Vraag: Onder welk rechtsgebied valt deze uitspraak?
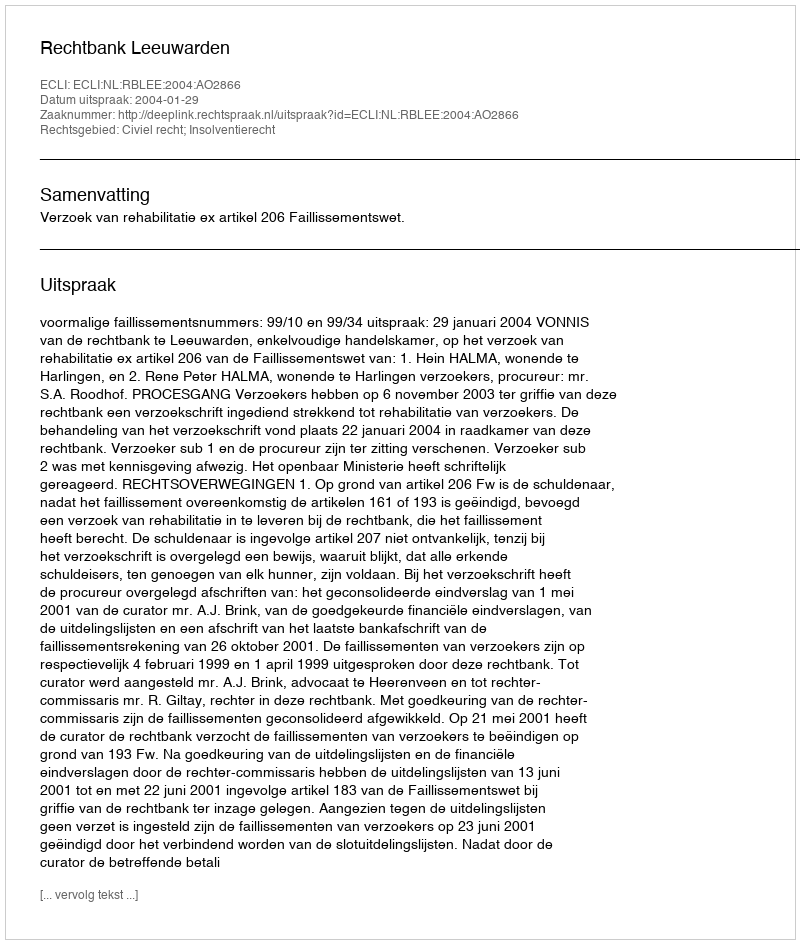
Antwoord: Civiel recht; Insolventierecht